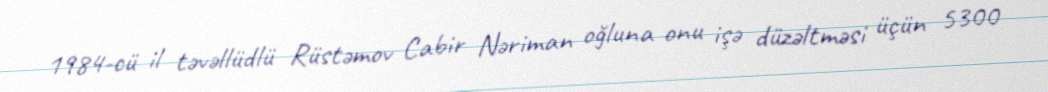
1984-cü il təvəllüdlü Rüstəmov Cabir Nəriman oğluna onu işə düzəltməsi üçün 5300